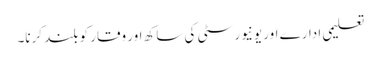
تعلیمی ادارے اور یونیورسٹی کی ساکھ اور وقار کو بلند کرنا۔